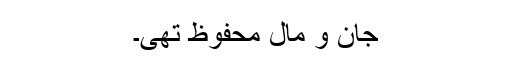
جان و مال محفوظ تھی۔